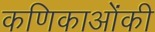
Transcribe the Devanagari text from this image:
कणिकाओंकी